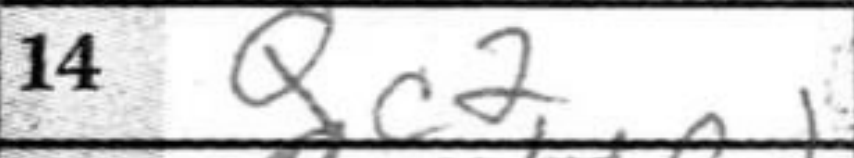
Transcription: Qc2